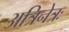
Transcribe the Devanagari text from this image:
अत्रिनेत्रः